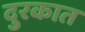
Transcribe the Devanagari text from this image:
दुरकात